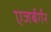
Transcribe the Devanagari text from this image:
एजर्बर्गर